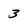
Character: 3